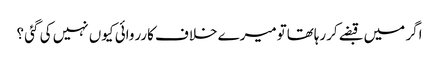
اگر میں قبضے کررہاتھاتومیرے خلاف کارروائی کیوں نہیں کی گئی ؟